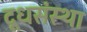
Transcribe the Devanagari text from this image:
दूधसंस्था